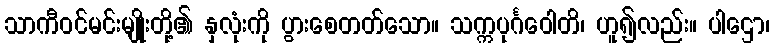
သာကီဝင်မင်းမျိုးတို့၏ နှလုံးကို ပွားစေတတ်သော။ သက္ကပုင်္ဂဝေါတိ၊ ဟူ၍လည်း။ ပါဌော၊